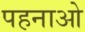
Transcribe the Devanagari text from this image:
पहनाओ